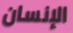
الإنسان